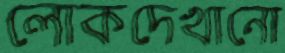
লোকদেখানো